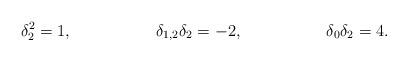
LaTeX: \begin{align*}\delta_2^2 &=1, & \delta_{1,2}\delta_2 &= -2, & \delta_0\delta_2 &= 4.\end{align*}